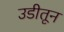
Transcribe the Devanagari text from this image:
उडीतून